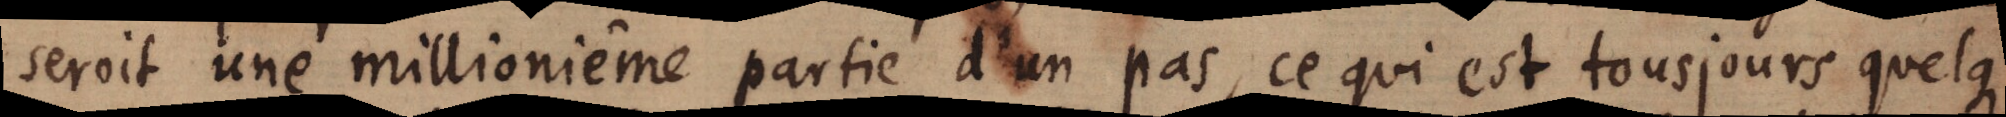
seroit une millionième partie d’un pas, ce qui est tousjours quelque